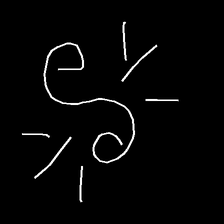
Glyph: wind-directs-air